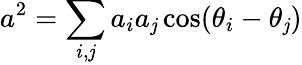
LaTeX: a^{2}=\sum_{i,\mathit{j}}a_{i}a_{\mathit{j}}\cos(\theta_{i}-\theta_{\mathit{j}})